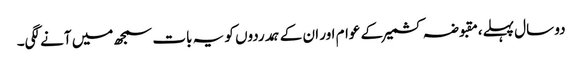
دو سال پہلے،مقبوضہ کشمیر کے عوام اور ان کے ہمدردوں کو یہ بات سمجھ میں آنے لگی۔